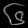
Digit: ၆